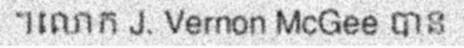
។លោក J. Vernon McGee បាន